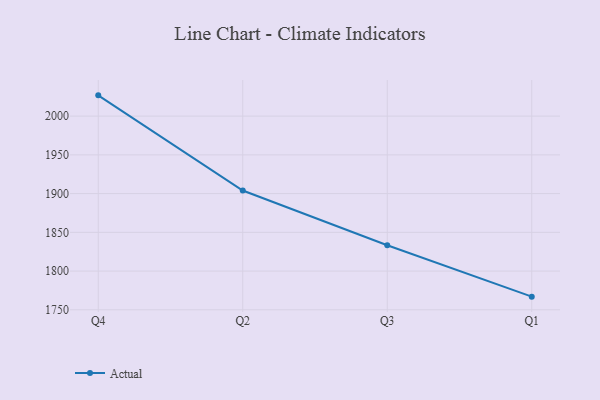
{"axis": {"x": "Quarter", "y": "Gross Profit (USD K)"}, "legend": ["Actual"], "data": [{"x": "Q4", "y": 2026.8, "type": "Actual"}, {"x": "Q2", "y": 1904.0, "type": "Actual"}, {"x": "Q3", "y": 1833.3, "type": "Actual"}, {"x": "Q1", "y": 1767.0, "type": "Actual"}]}